Indian journal of veterinary science and animal husbandry - Volume 9,
Year: 1939
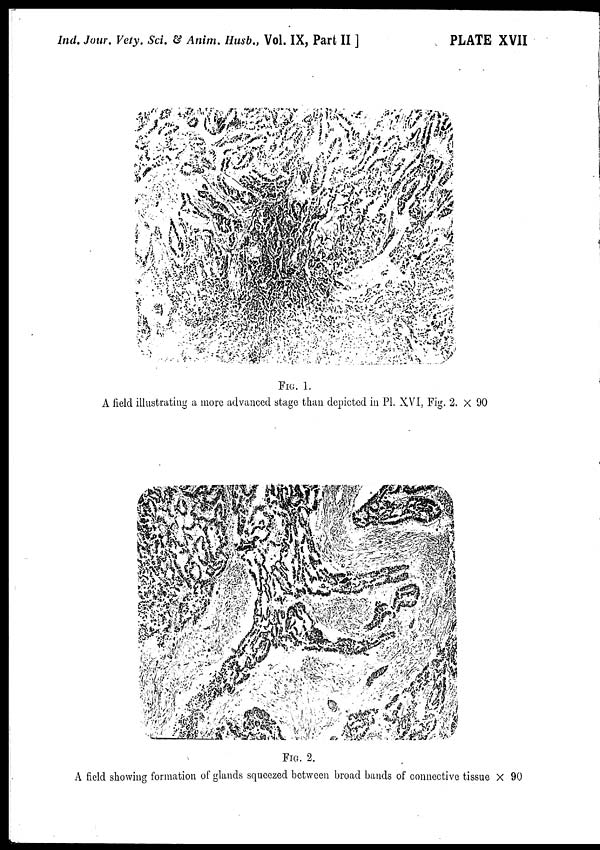
Ind. Jour. Vety. Sci. & Anim. Husb., Vol. IX, Part II ]
PLATE XVII
FIG. 1.
A field illustrating a more advanced stage than depicted in Pl. XVI, Fig. 2. × 90
FIG. 2.
A field showing formation of glands squeezed between broad bands of connective tissue × 90